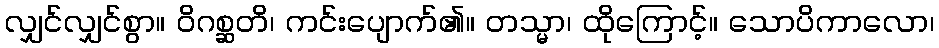
လျှင်လျှင်စွာ။ ဝိဂစ္ဆတိ၊ ကင်းပျောက်၏။ တသ္မာ၊ ထိုကြောင့်။ သောပိကာလော၊